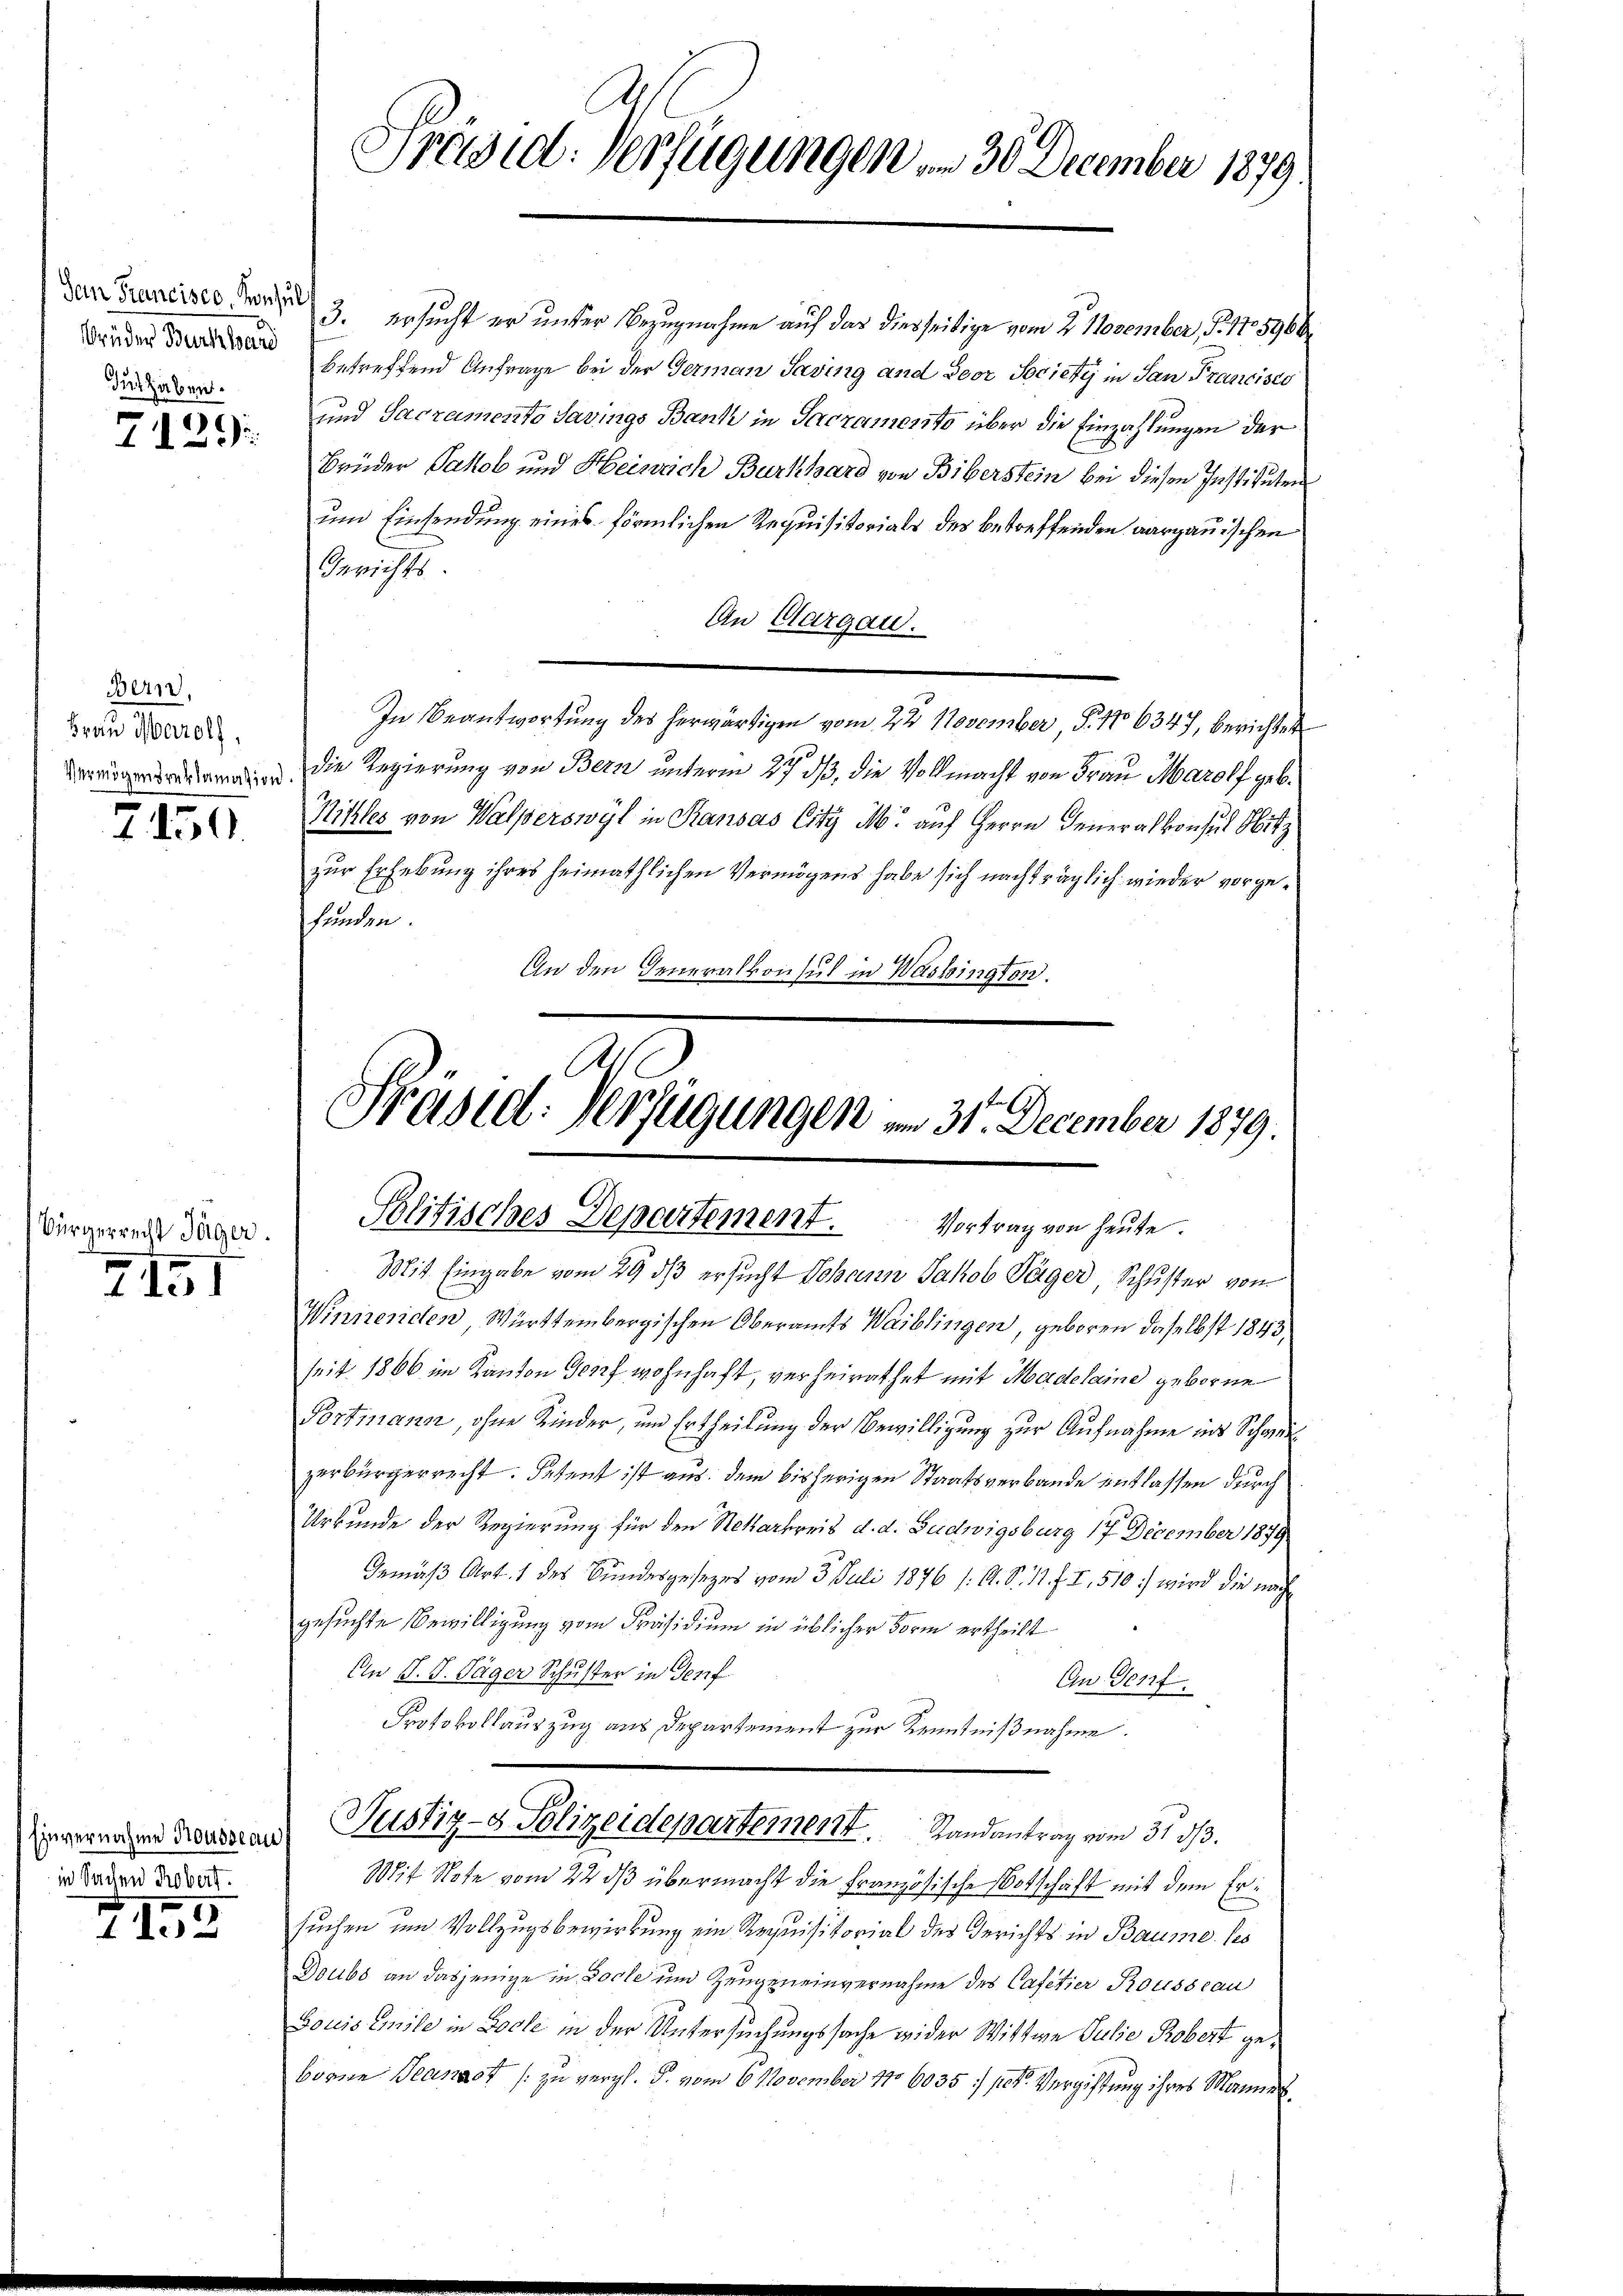
Bruder Burckhard
dus haben.

7129:

Bern,
Frau Marolf,
Vermögensreklamation

7450.

Bürgerrecht Jäger

7151

in Sachen Robert.

III 2

der Francisco der 3. Gesucht er unter Bezugnahme auf das diesseitige vom 2. November, §. 175966
betreffend Anfrage bei der German Saving und Soor Societe in San Francisco
und Sacramento Savings Bank in Sacramento über die Einzahlungen der
Brüder Jakob und Heinrich Burkhard von Biberstein bei diesen Instituten
um Einsendung eines förmlichen Requisitorials des betreffenden aargauischen
Berichts
An Aargau.
In Beantwortung des herwärtigen vom 22 November, S. 16347, berichtet
die Regierung von Bern unterm 27. ds, die Vollmacht von Frau Marolf geb.
Nihles von Walperswyl in Transas City M. auf Herrn Generalkonsul Hitz
zur Erhebung ihres heimathlichen Vermögens habe sich nachträglich wieder vorgefunden.
10.
An den Generalkonsul in Washington.

Präsid. Verfügungen , 30 December 1879.

Präsid. Verfügungen am 31. December 1879.
Politisches Departement. Vortrag von heute.

Mit Eingabe vom 29. ds ersucht Johann Jakob Täger, Schuster von
Winnenden, Württembergischen Oberamts Waiblingen, geboren daselbst 1843,
seit 1806 im Kanton Genf wohnhaft, verheirathet mit Madelaine geborne
Portmann, ohne Kinder, um Ertheilung der Bewilligung zur Aufnahme ins Schweil
zerbürgerrecht. Petent ist aus dem bisherigen Staatsverbande entlassen durch
Urkunde der Regierung für den Nekarkreis d. d. Ludwigsburg 17 December 1879.
Gemäß Art. 1 des Bundesgesezes vom 3. Juli 1876 /: A. S. 11. f. I, 510:) wird die nach
gesuchte Bewilligung vom Präsidium in üblicher Form ertheilt
An J. J. Täger Schuster in Genf
An Genf
Protokollauszug aus Departement zur Kenntnißnahme.
iernahm Kessian Gustiz- & Polizeidepartement.       Randantrag vom 31. 83.
Mit Note vom 22. dβ übermacht die Französische Botschaft mit dem Ersuchen um Vollzugsbewirkung ein Requisitorial des Gerichts in Baume ses
Doubs an dasjenige in Doche und Zeugeneinvernahme des Cafetier Rousseau
Bouis Emile in Bodle in der Untersuchungssache wider Wittwe Julie Robert geborne Tramast zu vergl. S. vom 6 November 1876035 : pek. Vergiftung ihres Mannes¬